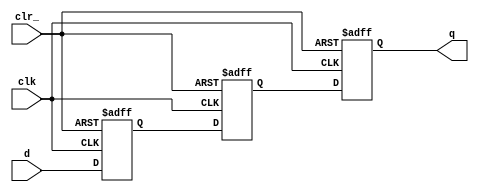
module p_SSYNC3DO_C_PPP (
  clk
 ,d
 ,clr_
 ,q
 );
//---------------------------------------
//IO DECLARATIONS
input clk ;
input d ;
input clr_ ;
output q ;
reg q,d1,d0;
always @(posedge clk or negedge clr_)
begin
    if(~clr_)
        {q,d1,d0} <= 3'd0;
    else
        {q,d1,d0} <= {d1,d0,d};
end
endmodule